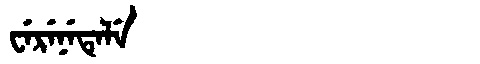
Manchu: ᠸᡝᡵᡝᠨᡝᡨᡝᠯᡝ
Romanization: WERENETELE